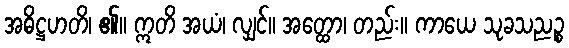
အဓိဋ္ဌဟတိ၊ ၏။ ဣတိ အယံ၊ လျှင်။ အတ္ထော၊ တည်း။ ကာယေ သုခသညဉ္စ